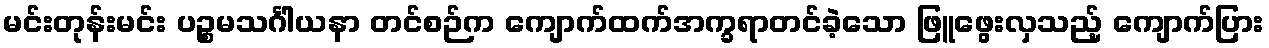
မင်းတုန်းမင်း ပဉ္စမသင်္ဂါယနာ တင်စဉ်က ကျောက်ထက်အက္ခရာတင်ခဲ့သော ဖြူဖွေးလှသည့် ကျောက်ပြား